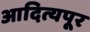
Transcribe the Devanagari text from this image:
आदित्यपूर